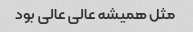
مثل همیشه عالی عالی بود